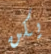
يكن